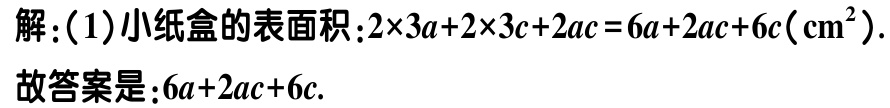
解：(1)小纸盒的表面积：\(2\times3a + 2\times3c + 2ac = 6a + 2ac + 6c(\mathrm{cm}^2)\).
故答案是：\(6a + 2ac + 6c\).